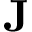
\textbf { J }